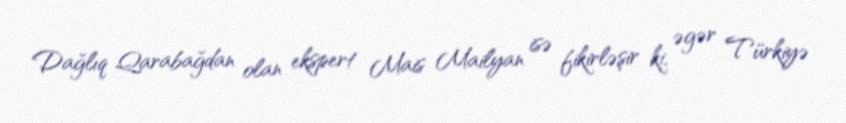
Dağlıq Qarabağdan olan ekspert Mais Mailyan isə fikirləşir ki, əgər Türkiyə